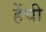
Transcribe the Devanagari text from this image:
हेंची